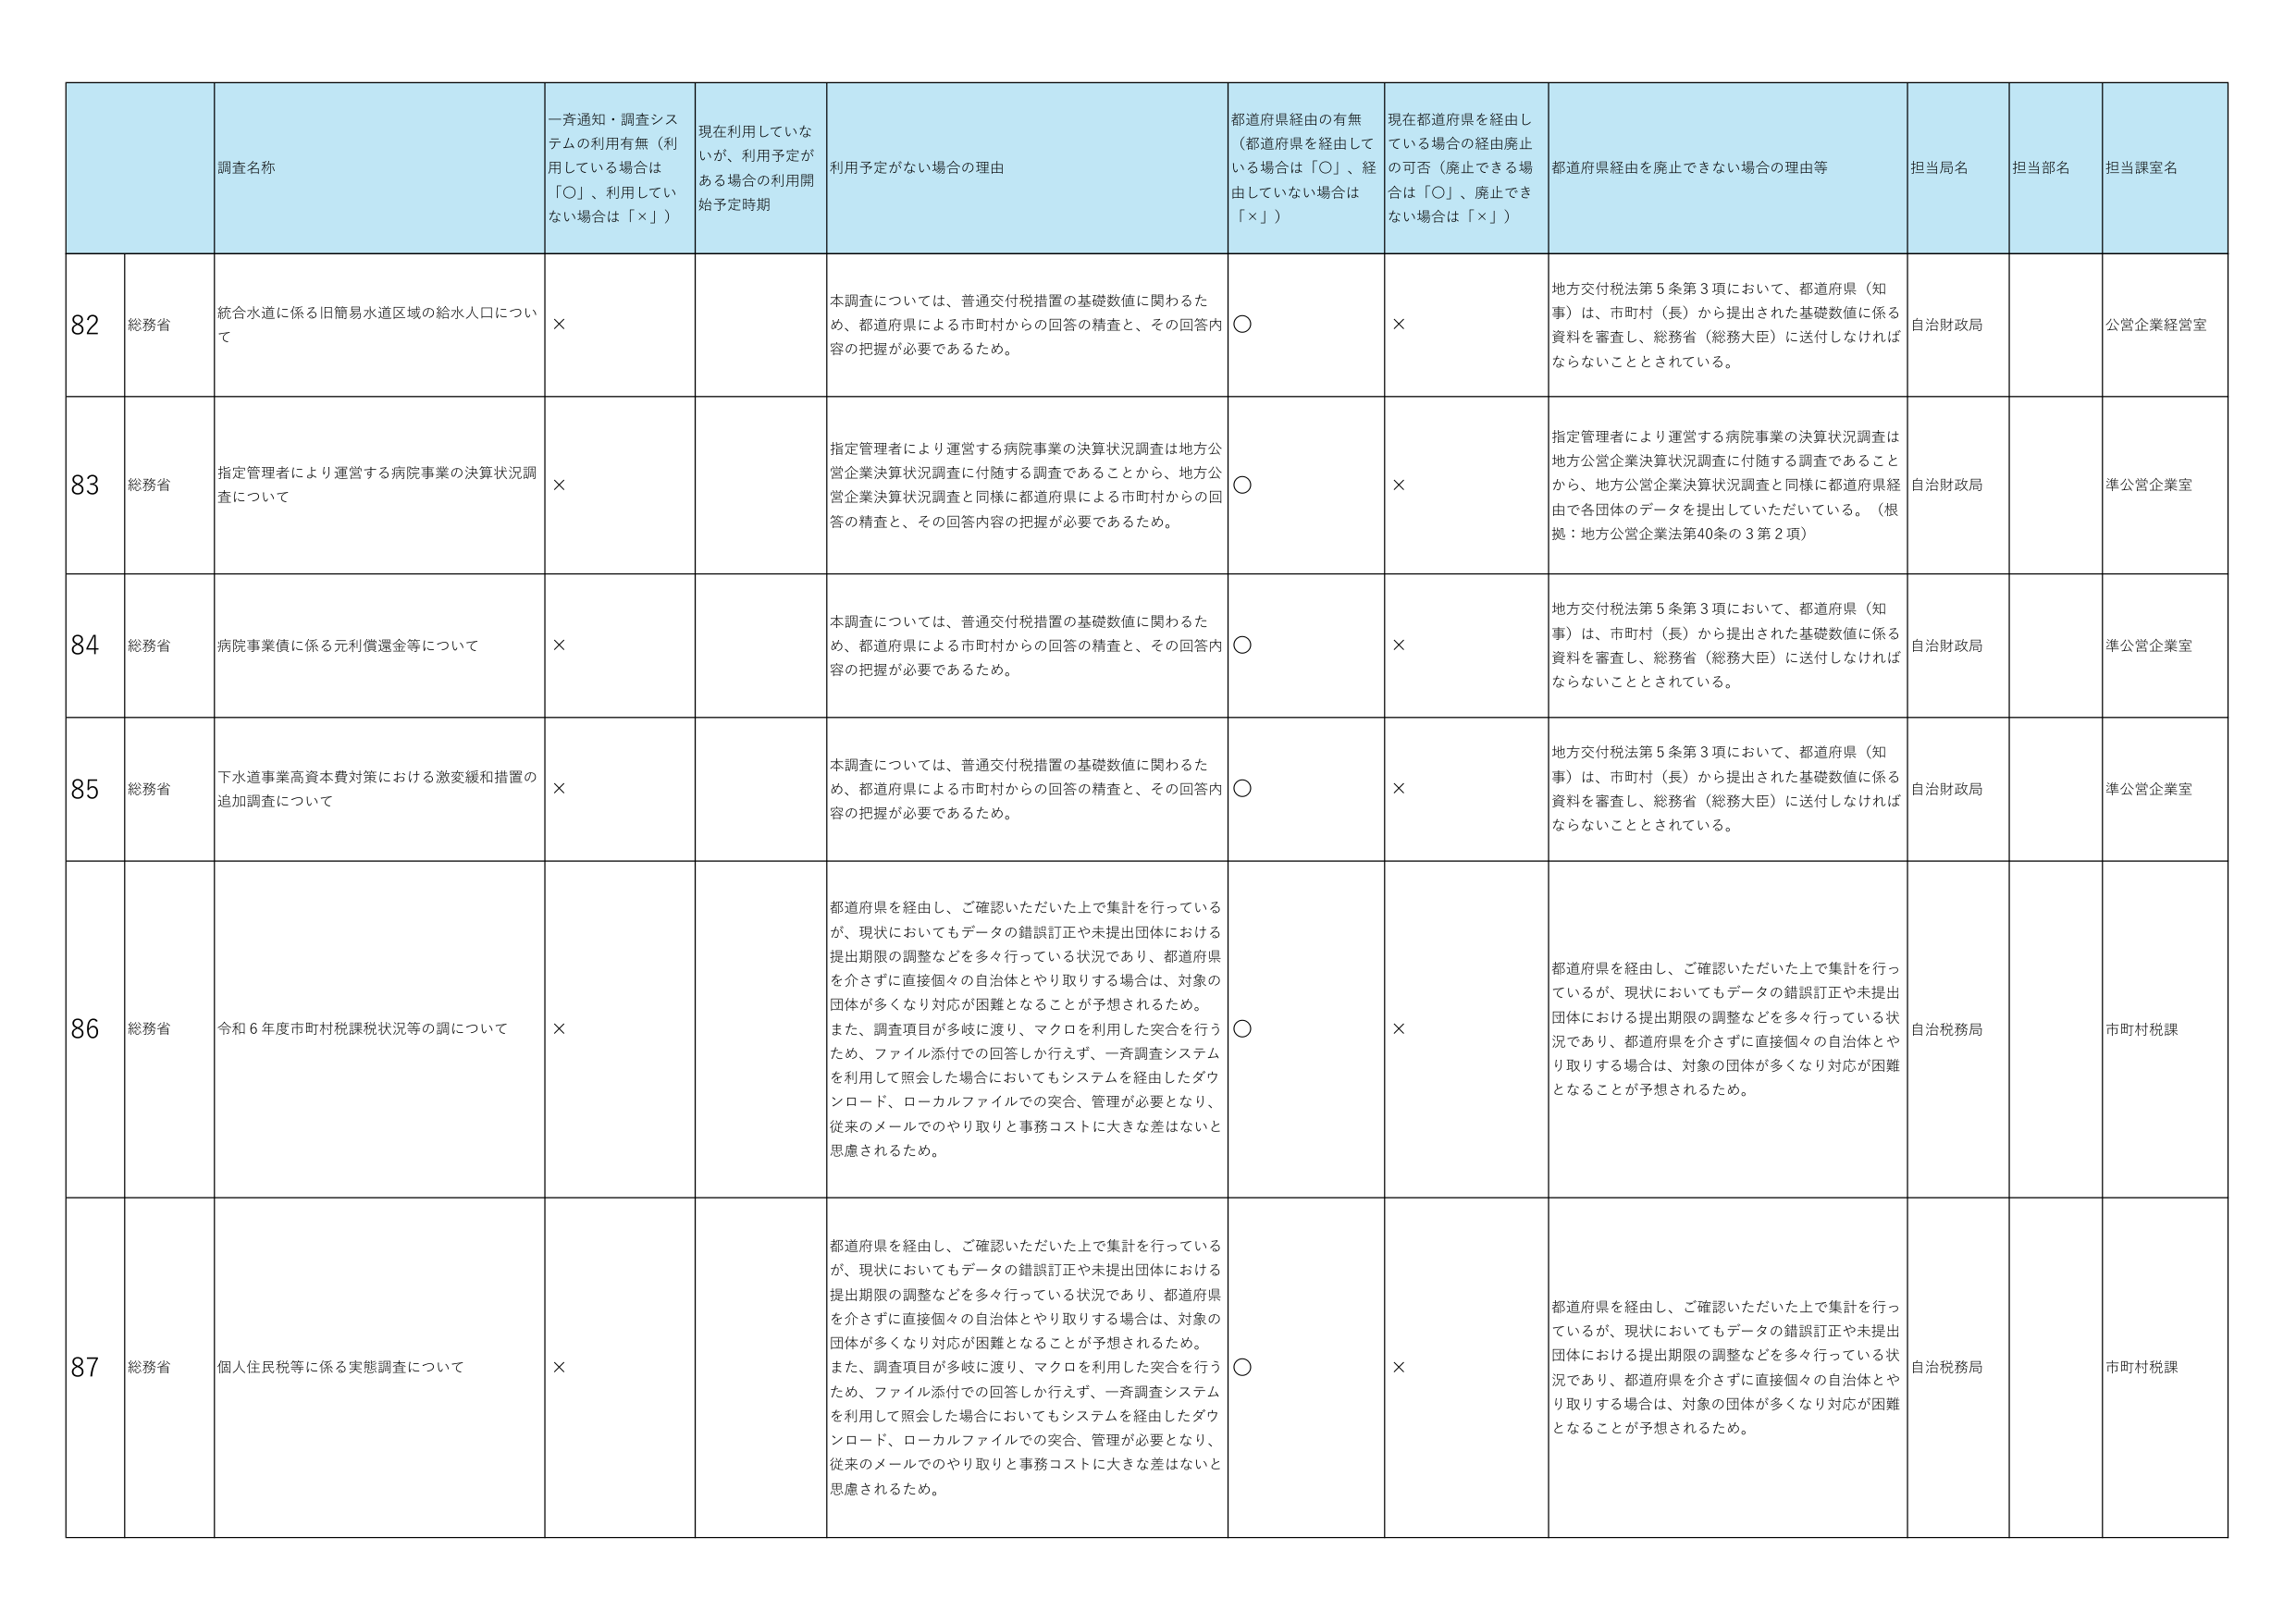
82 総務省 統合水道に係る旧簡易水道区域の給水人口について × 本調査については、普通交付税措置の基礎数値に関わるため、都道府県による市町村からの回答の精査と、その回答内容の把握が必要であるため。 ○ × 地方交付税法第5条第3項において、都道府県（知事）は、市町村（長）から提出された基礎数値に係る資料を審査し、総務省（総務大臣）に送付しなければならないこととされている。 自治財政局 公営企業経営室

83 総務省 指定管理者により運営する病院事業の決算状況調査について × 指定管理者により運営する病院事業の決算状況調査は地方公営企業決算状況調査に付随する調査であることから、地方公営企業決算状況調査と同様に都道府県による市町村からの回答の精査と、その回答内容の把握が必要であるため。 ○ × 指定管理者により運営する病院事業の決算状況調査は地方公営企業決算状況調査に付随する調査であることから、地方公営企業決算状況調査と同様に都道府県経由で各団体のデータを提出していただいている。（根拠：地方公営企業法第40条の3第2項） 自治財政局 準公営企業室

84 総務省 病院事業債に係る元利償還金等について × 本調査については、普通交付税措置の基礎数値に関わるため、都道府県による市町村からの回答の精査と、その回答内容の把握が必要であるため。 ○ × 地方交付税法第5条第3項において、都道府県（知事）は、市町村（長）から提出された基礎数値に係る資料を審査し、総務省（総務大臣）に送付しなければならないこととされている。 自治財政局 準公営企業室

85 総務省 下水道事業高資本費対策における激変緩和措置の追加調査について × 本調査については、普通交付税措置の基礎数値に関わるため、都道府県による市町村からの回答の精査と、その回答内容の把握が必要であるため。 ○ × 地方交付税法第5条第3項において、都道府県（知事）は、市町村（長）から提出された基礎数値に係る資料を審査し、総務省（総務大臣）に送付しなければならないこととされている。 自治財政局 準公営企業室

86 総務省 令和6年度市町村税課税状況等の調について × 都道府県を経由し、ご確認いただいた上で集計を行っているが、現状においてもデータの錯誤訂正や未提出団体における提出期限の調整などを多々行っている状況であり、都道府県を介さずに直接個々の自治体とやり取りする場合は、対象の団体が多くなり対応が困難となることが予想されるため。 また、調査項目が多岐に渡り、マクロを利用した突合を行うため、ファイル添付での回答しか行えず、一斉調査システムを利用して照会した場合においてもシステムを経由したダウンロード、ローカルファイルでの突合、管理が必要となり、従来のメールでのやり取りと事務コストに大きな差はないと思慮されるため。 ○ × 都道府県を経由し、ご確認いただいた上で集計を行っているが、現状においてもデータの錯誤訂正や未提出団体における提出期限の調整などを多々行っている状況であり、都道府県を介さずに直接個々の自治体とやり取りする場合は、対象の団体が多くなり対応が困難となることが予想されるため。 自治税務局 市町村税課

87 総務省 個人住民税等に係る実態調査について × 都道府県を経由し、ご確認いただいた上で集計を行っているが、現状においてもデータの錯誤訂正や未提出団体における提出期限の調整などを多々行っている状況であり、都道府県を介さずに直接個々の自治体とやり取りする場合は、対象の団体が多くなり対応が困難となることが予想されるため。 また、調査項目が多岐に渡り、マクロを利用した突合を行うため、ファイル添付での回答しか行えず、一斉調査システムを利用して照会した場合においてもシステムを経由したダウンロード、ローカルファイルでの突合、管理が必要となり、従来のメールでのやり取りと事務コストに大きな差はないと思慮されるため。 ○ × 都道府県を経由し、ご確認いただいた上で集計を行っているが、現状においてもデータの錯誤訂正や未提出団体における提出期限の調整などを多々行っている状況であり、都道府県を介さずに直接個々の自治体とやり取りする場合は、対象の団体が多くなり対応が困難となることが予想されるため。 自治税務局 市町村税課

調査名称 一斉通知・調査システムの利用有無（利用している場合は「○」、利用していない場合は「×」） 現在利用していないが、利用予定がある場合の利用開始予定時期 利用予定がない場合の理由 都道府県経由の有無（都道府県を経由している場合は「○」、経由していない場合は「×」） 現在都道府県を経由している場合の経由廃止の可否（廃止できる場合は「○」、廃止できない場合は「×」） 都道府県経由を廃止できない場合の理由等 担当局名 担当部名 担当課室名